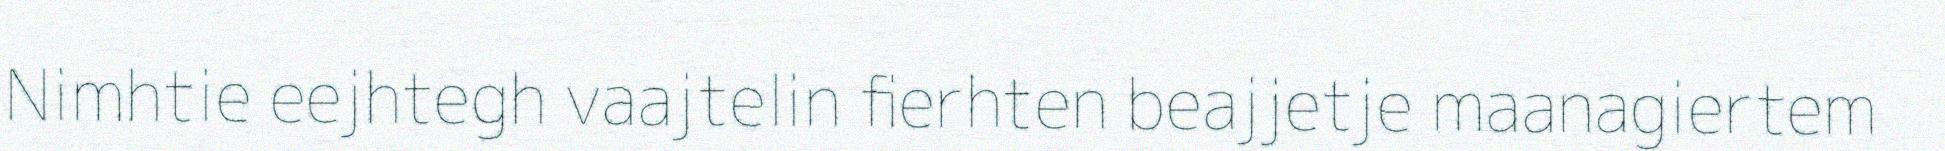
Nimhtie eejhtegh vaajtelin fierhten beajjetje maanagiertem